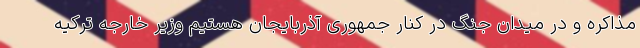
مذاکره و در میدان جنگ در کنار جمهوری آذربایجان هستیم وزیر خارجه ترکیه